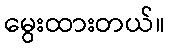
မွေးထားတယ်။